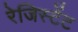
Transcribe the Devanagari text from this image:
रेजिस्टेंट